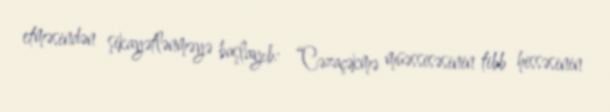
etməsindən şikayətlənməyə başlayıb: “Cəzaçəkmə müəssisəsinin tibb hissəsinin